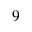
_ 9